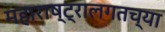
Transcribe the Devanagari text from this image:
महाराष्ट्रालगतच्या